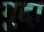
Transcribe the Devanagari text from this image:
गुद्दा